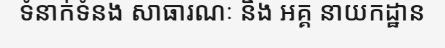
ទំនាក់ទំនង សាធារណៈ និង អគ្គ នាយកដ្ឋាន